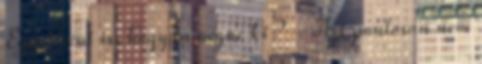
Egyébként is, hogyan nézne ki? – Azt pontosan nem